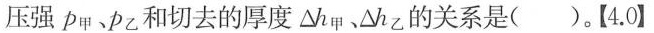
压强p_{甲}、p_{乙}和切去的厚度△h_{甲}、△h_{乙}的关系是()。【4.0】